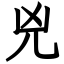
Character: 兇